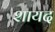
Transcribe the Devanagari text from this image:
शायद